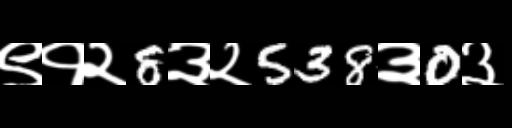
Text: ९१२8३२538३0३